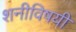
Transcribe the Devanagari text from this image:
शनीविषयी